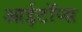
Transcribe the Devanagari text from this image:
आईटॉप्स